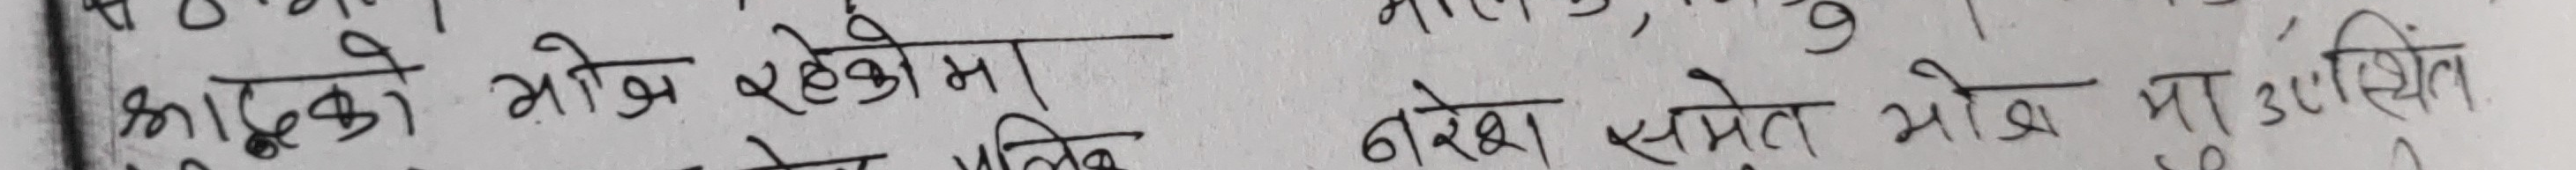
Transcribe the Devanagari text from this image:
(क) को भोग रहेकोमा
नरेश स्मेत भोज मा उपस्थित.